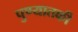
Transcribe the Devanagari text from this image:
पुण्यातकी